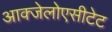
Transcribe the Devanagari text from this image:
आक्जेलोएसीटेट